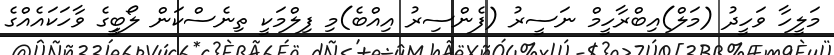
މަލީހާ ވަހީދު (މަލް)އިބްރާހީމް ނަސީރު (ފެންސިރު އިއްބެ)މި ފިލްމަކީ ތިނެސްކަން ލޯބީީގެ ވާހަކައެއްގެ